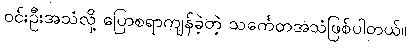
ဝင်းဦးအသံလို့ ပြောစရာကျန်ခဲ့တဲ့ သင်္ကေတအသံဖြစ်ပါတယ်။